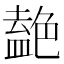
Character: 𫇤